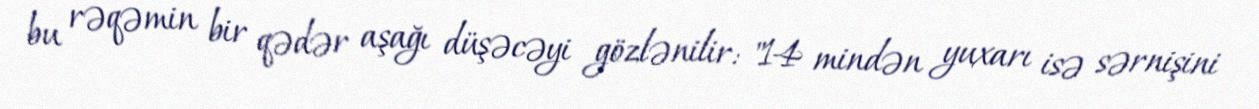
bu rəqəmin bir qədər aşağı düşəcəyi gözlənilir: "14 mindən yuxarı isə sərnişini